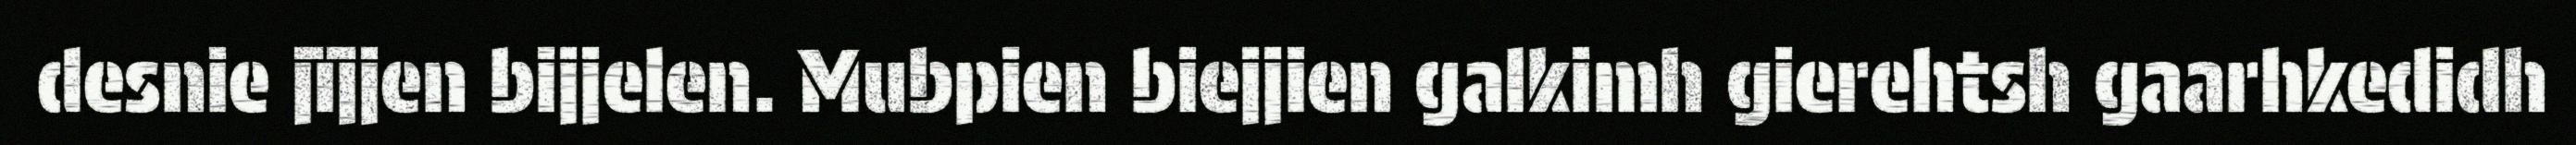
desnie jïjjen bijjelen. Mubpien biejjien galkimh gierehtsh gaarhkedidh